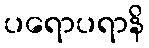
ပရောပရာနိ